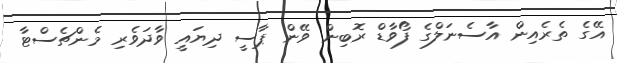
އޭގެ ތެރެއިން އާސެނަލްގެ ފޯވާޑް ރޮބިން ވޭން ޕާސީ ދިޔައީ ވާދަވެރި މެންޗެސްޓާ